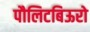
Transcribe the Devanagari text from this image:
पौलिटबिऊरो